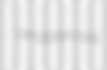
anaplerosis